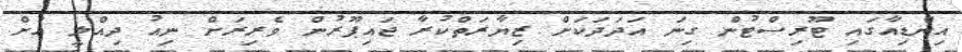
އިންޑިއާގައި ޓޫރިސްޓުން ގިނަ އަދަދަކަށް ޒިޔާރަތްކުރާ ޖައިޕޫރުން ވެރިރަށް ނިއު ދިއްލީ އަށް